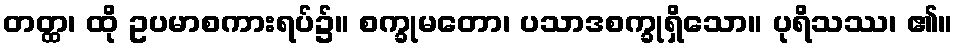
တတ္ထ၊ ထို ဥပမာစကားရပ်၌။ စက္ခုမတော၊ ပသာဒစက္ခုရှိသော။ ပုရိသဿ၊ ၏။